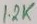
Text: 1.2K